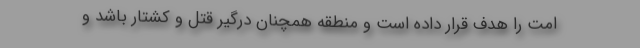
امت را هدف قرار داده است و منطقه همچنان درگیر قتل و کشتار باشد و